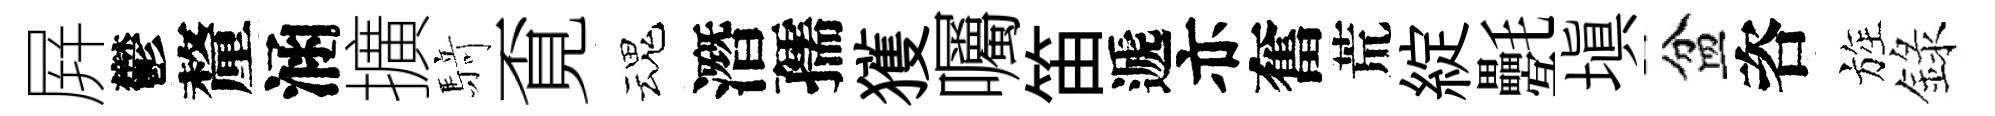
屛鬱釐涵擴𮪍覔魂潛孺獲囑笛遞亦奮荒綻氎塡盆咨旌錄